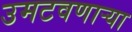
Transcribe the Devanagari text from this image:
उमटवणाऱ्या